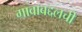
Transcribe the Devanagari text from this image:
गावाबद्दलची